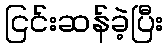
ငြင်းဆန်ခဲ့ပြီး